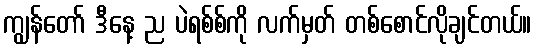
ကျွန်တော် ဒီနေ့ ည ပဲရစ်စ်ကို လက်မှတ် တစ်စောင်လိုချင်တယ်။